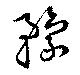
豫